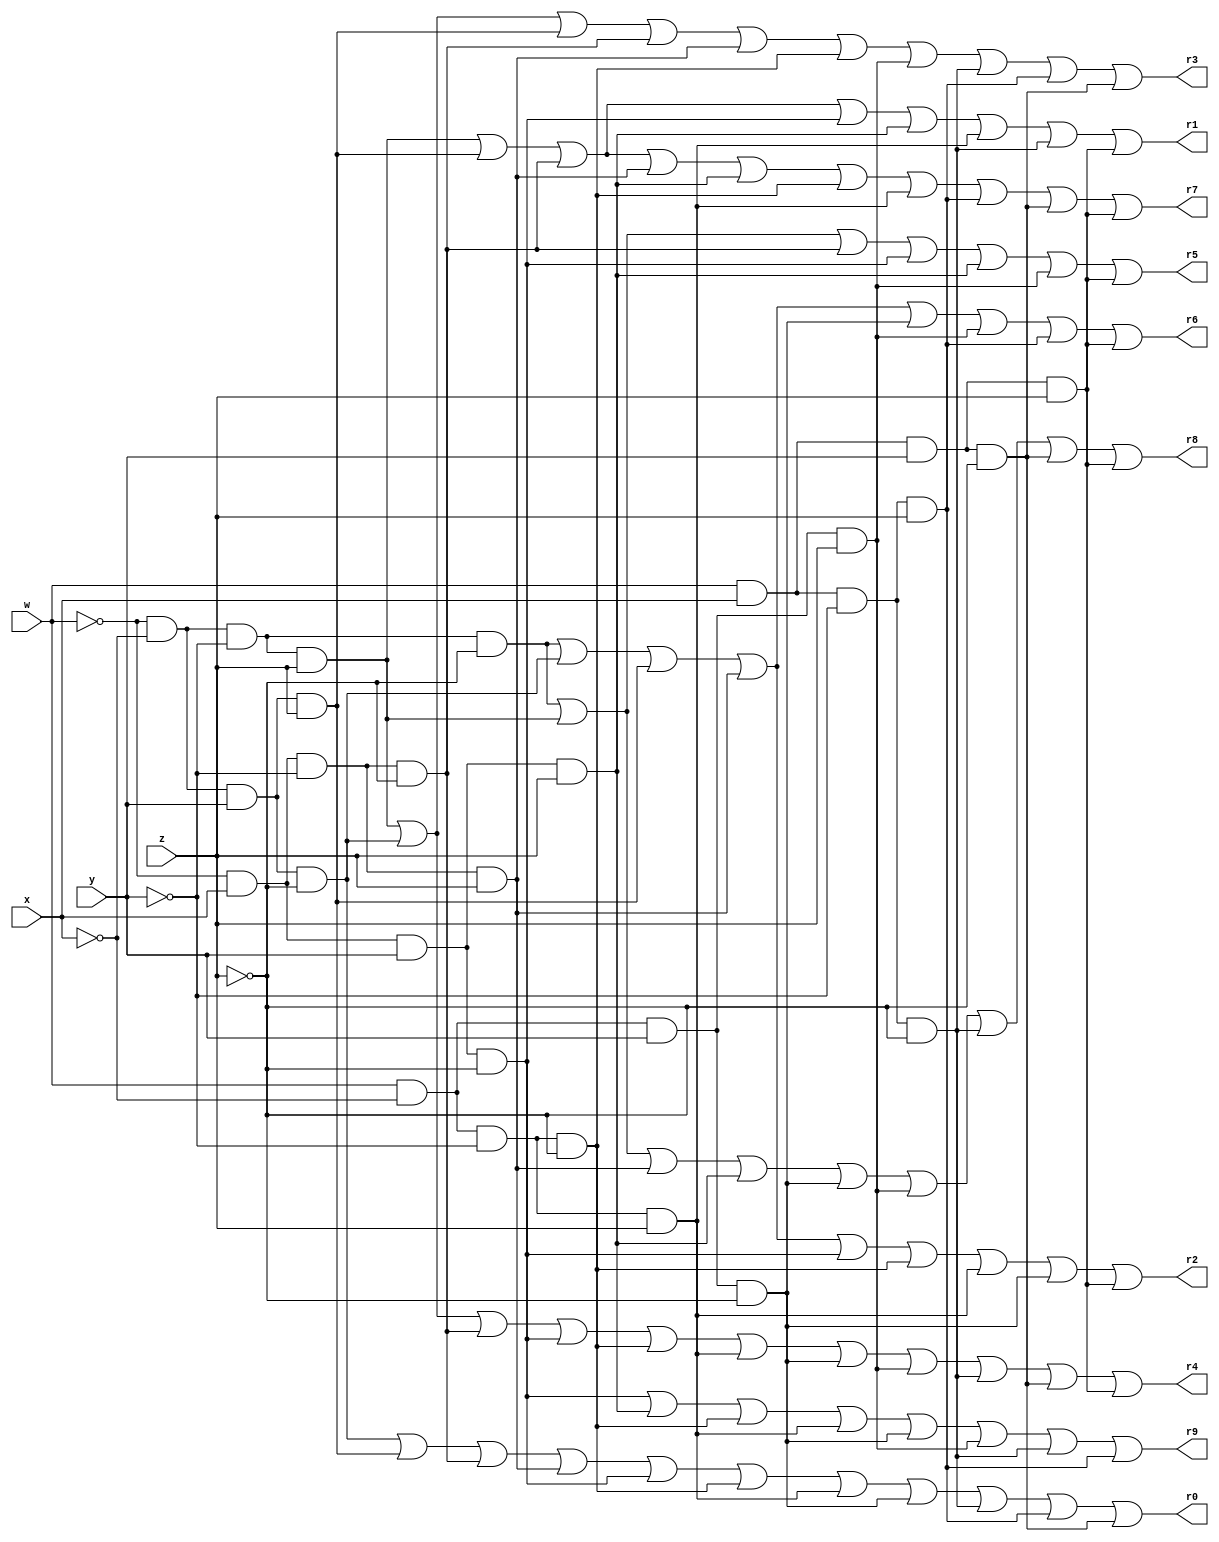
module Breadboard(w,x,y,z,r0,r1,r2,r3,r4,r5,r6,r7,r8,r9);
input w,x,y,z;                          
output r0, r1, r2, r3,r4, r5, r6, r7, r8, r9;                     
reg r0, r1, r2, r3,r4, r5, r6, r7, r8, r9;                         
wire w,x,y,z;

always @ ( w,x,y,z,r0,r1,r2,r3,r4,r5,r6,r7,r8,r9) begin
    // Minterm form of the equations pulled from the truth table
    r0 = (~w&~x&y&~z) | (~w&~x&y&z) | (~w&x&~y&~z) | (~w&x&~y&z) | (~w&x&y&~z) | (w&~x&~y&~z) |
        (w&~x&~y&z) | (w&~x&y&~z) | (w&x&~y&~z) | (w&x&~y&z) | (w&x&y&~z);

    r1 = (~w&~x&~y&z) | (~w&~x&y&z) | (~w&x&~y&~ z) | (~w&x&y&~z) | 
        (~w&x&y&z) | (w&~x&~y&z) | (w&x&~y&~z) | (w&x&y&z);

    r2 = (~w&~x&~y&~z) | (~w&~x&y&~z) | (~w&~x&y&z) | (~w&x&~y&z) | (~w&x&y&~z) |
        (w&~x&~y&~z) | (w&~x&~y&z) | (w&~x&y&~z) | (w&x&y&z);
    
    r3 = (~w&~x&~y&z) | (~w&~x&y&~z) | (~w&~x&y&z) | (~w&x&~y&~z) | (~w&x&~y&z) | 
        (w&~x&~y&~z) | (w&~x&y&z) | (w&x&~y&~z) | (w&x&~y&z) | (w&x&y&~z);

    r4 = (~w&~x&~y&z) | (~w&~x&y&~z) | (~w&x&~y&~z) | (~w&x&y&~z) | (w&~x&~y&~z) | 
        (w&~x&~y&z) | (w&~x&y&~z) | (w&~x&y&z) | (w&x&~y&~z) | (w&x&y&~z) | (w&x&y&z);
    
    r5 = (~w&~x&~y&~z) | (~w&~x&~y&z) | (~w&x&~y&~z) | 
        (~w&x&y&~z) | (~w&x&y&z) | (w&~x&y&z) | (w&x&y&z);
    
    r6 = (~w&~x&~y&~z) | (~w&~x&y&~z) | (~w&~x&y&z) | (~w&x&~y&z) | 
        (w&~x&y&~z) | (w&~x&y&z) | (w&x&~y&z) | (w&x&y&z);

    r7 = (~w&~x&~y&z) | (~w&~x&y&z) | (~w&x&~y&~z) | (~w&x&~y&z) | (~w&x&y&z) | 
        (w&~x&~y&~z) | (w&~x&~y&z) | (w&x&~y&z) | (w&x&y&~z) | (w&x&y&z);
    
    r8 = (~w&~x&~y&~z) | (~w&~x&~y&z) | (~w&x&~y&z) | (~w&x&y&z) |
        (w&~x&y&~z) | (w&~x&y&z) | (w&x&~y&~z) | (w&x&y&~z) | (w&x&y&z);
    
    r9 =(~w&x&y&~z) | (~w&x&y&z) | (w&~x&~y&~z) | (w&~x&~y&z) |
        (w&~x&y&~z) | (w&~x&y&z) | (w&x&~y&~z) | (w&x&~y&z);

end

endmodule